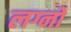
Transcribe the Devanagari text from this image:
लग्नो